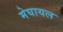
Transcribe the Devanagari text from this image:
मेघायल